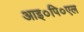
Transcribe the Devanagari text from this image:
आइ०पि०एल